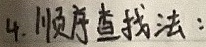
4. 顺序查找法：